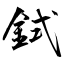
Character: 鉽